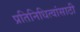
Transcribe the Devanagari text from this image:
प्रतिनिधित्वांसाठी